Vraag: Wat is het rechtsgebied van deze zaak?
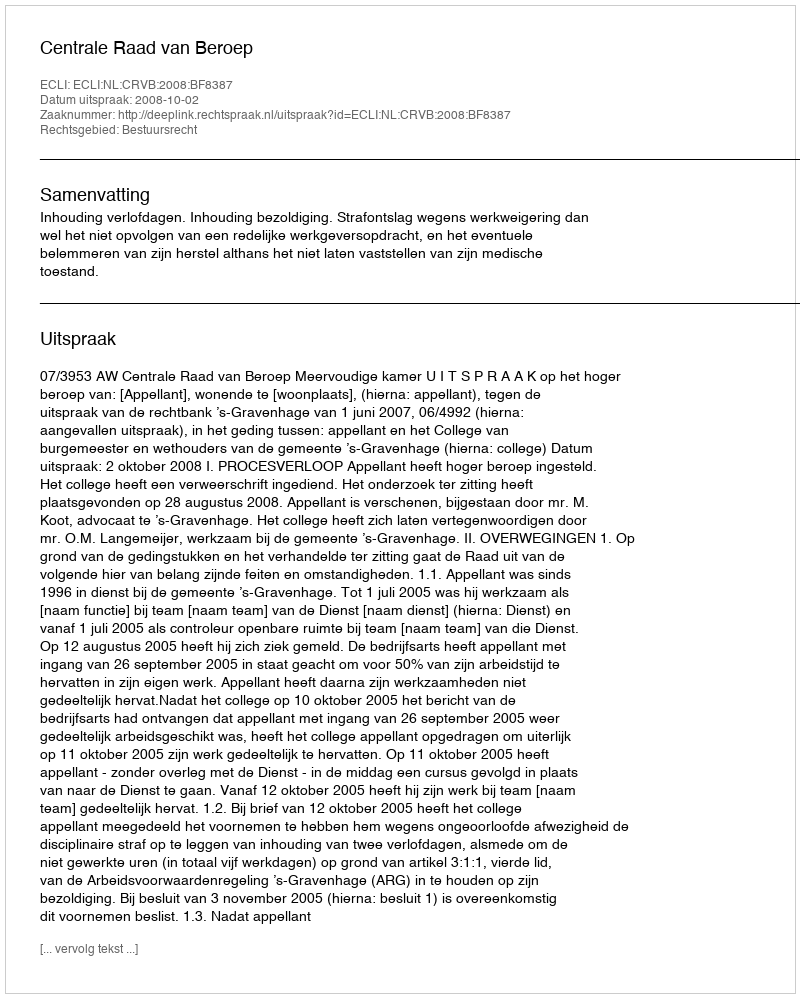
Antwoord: Bestuursrecht